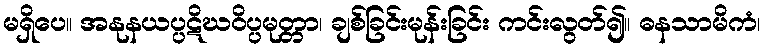
မရှိပေ။ အနုနယပ္ပဋိဃဝိပ္ပမုတ္တာ၊ ချစ်ခြင်းမုန်းခြင်း ကင်းလွတ်၍။ ဓနသာမိကံ၊